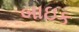
બાઇક